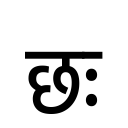
OCR:
छः